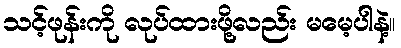
သင့်ဖုန်းကို လုပ်ထားဖို့လည်း မမေ့ပါနဲ့။